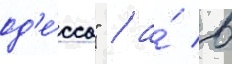
од'е́сса" / а́ в